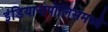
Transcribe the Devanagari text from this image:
इंडियानापोलिसमध्ये